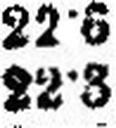
22·3